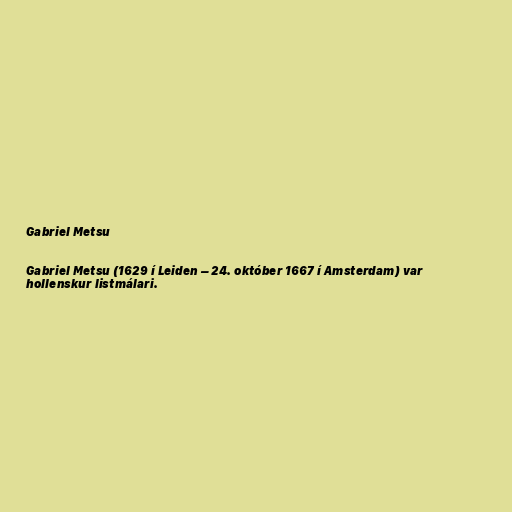
Gabriel Metsu

Gabriel Metsu (1629 í Leiden – 24. október 1667 í Amsterdam) var
hollenskur listmálari.